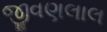
જીવણલાલ